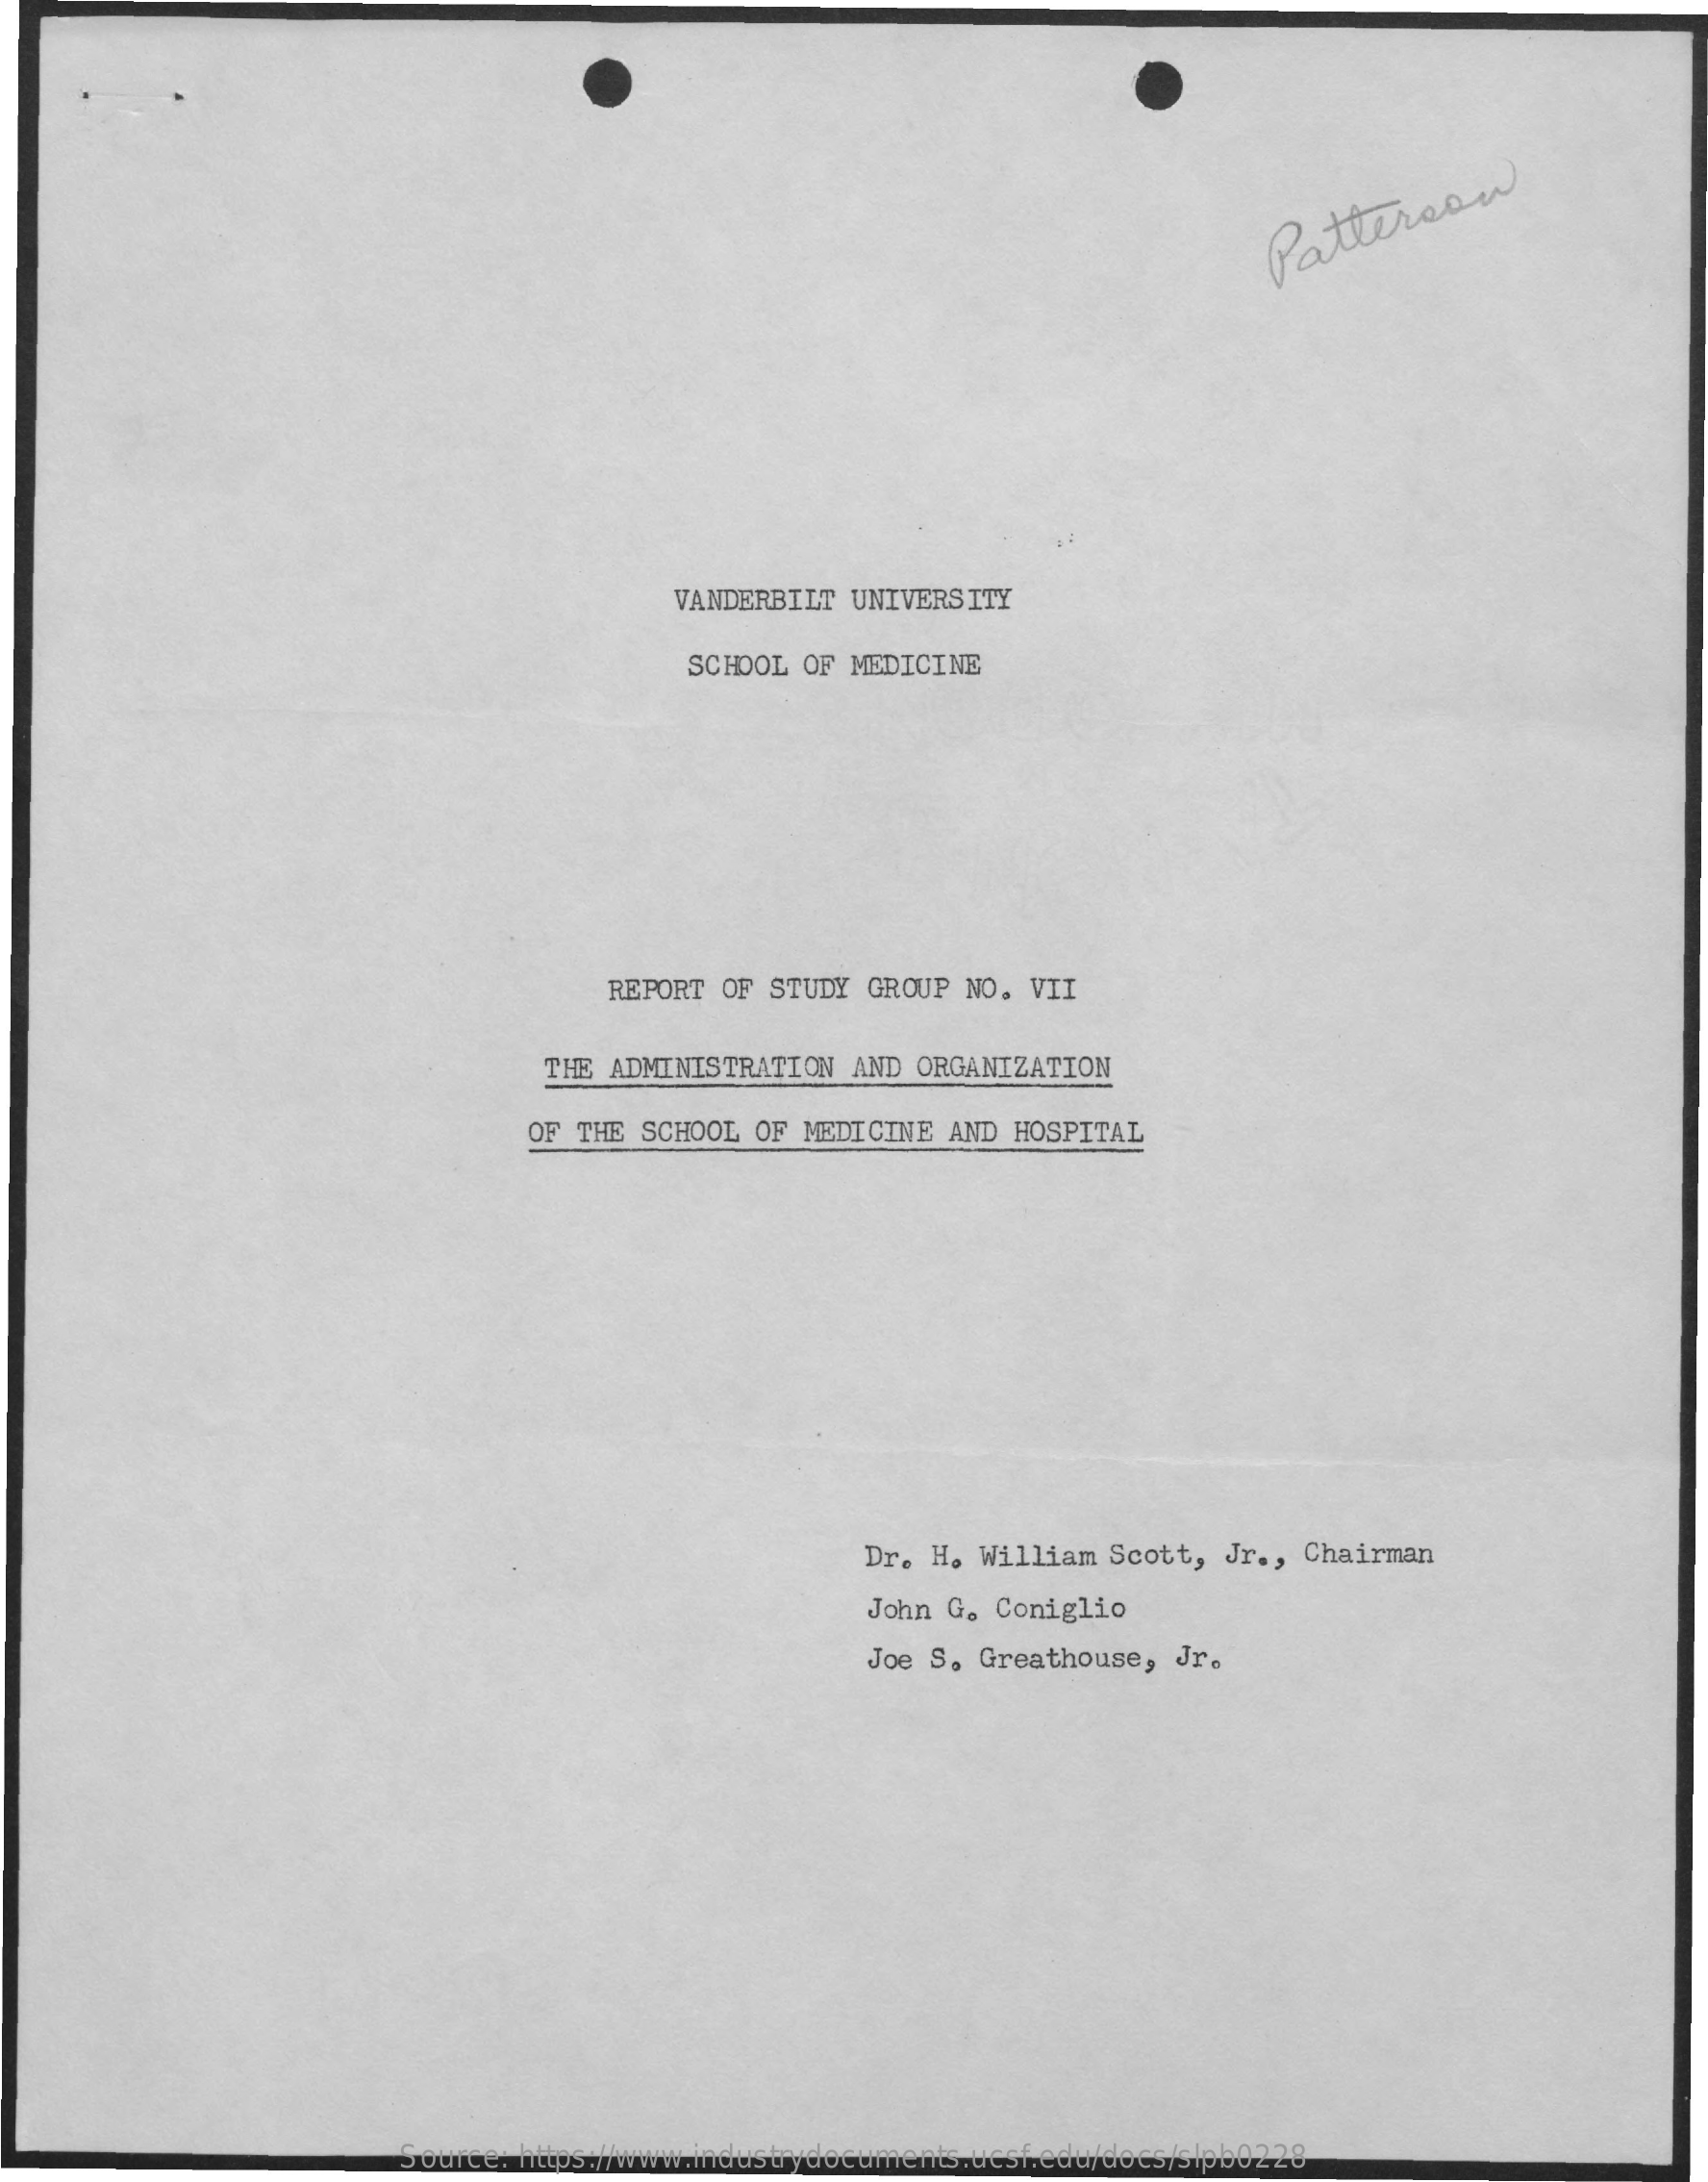
Patterson
     VANDERBILT UNIVERSITY
     SCHOOL OF MEDICINE
     REPORT OF STUDY  GROUP NO. VII
     THE ADMINISTRATION  AND ORGANIZATION
     OF THE SCHOOL OF MEDICINE  AND HOSPITAL
     Dr. H. William Scott,  Jr ., Chairman
     John G. Coniglio
     Joe S. Greathouse,  Jr.
     Source: https://www.industrydocuments.ucsf.edu/docs/slpb0228